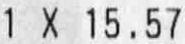
1 X 15.57